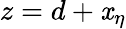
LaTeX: z=d+\mathit{x}_{\eta}